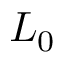
L _ { 0 }